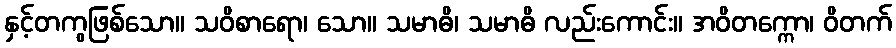
နှင့်တကွဖြစ်သော။ သဝိစာရော၊ သော။ သမာဓိ၊ သမာဓိ လည်းကောင်း။ အဝိတက္ကော၊ ဝိတက်